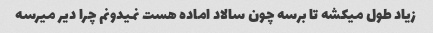
زیاد طول میکشه تا برسه چون سالاد اماده هست نمیدونم چرا دیر میرسه